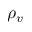
\rho _ { v }